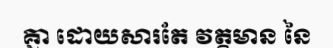
គ្នា ដោយសារតែ វត្តមាន នៃ